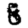
Digit: 8